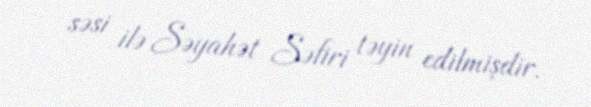
səsi ilə Səyahət Səfiri təyin edilmişdir.